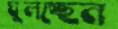
ঘুলচ্ছেন